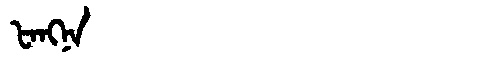
Manchu: ᡶᠠᠩᠨᠠ
Romanization: FANGNA